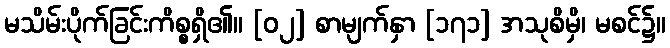
မသိမ်းပိုက်ခြင်းကိစ္စရှိ၏။ [၀၂] စာမျက်နှာ [၁၇၁] အသုစိမှိ၊ မစင်၌။